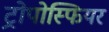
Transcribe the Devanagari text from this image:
ट्रोपोस्फियर